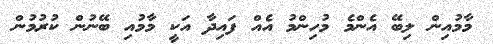
މާމުއިން ލިބޭ އެންމެ މުހިންމު އެއް ފައިދާ އަކީ މާމުއި ބޭނުން ކުރުމުން